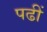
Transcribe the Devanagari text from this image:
पढीं